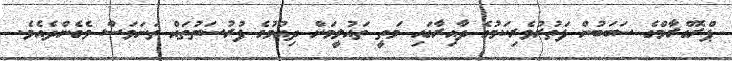
ޕްރޮގްރާމްގެ ސަބަބުން ފަތުރުވެރިކަމުގެ ދާއިރާގައި މަތީ ތައުލީމަށް ދިއުމުގެ ފުރުސަތުތައް ތަނަވަސް ވެގެންދެއެވެ.